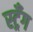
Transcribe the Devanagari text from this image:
स्ट्रँग